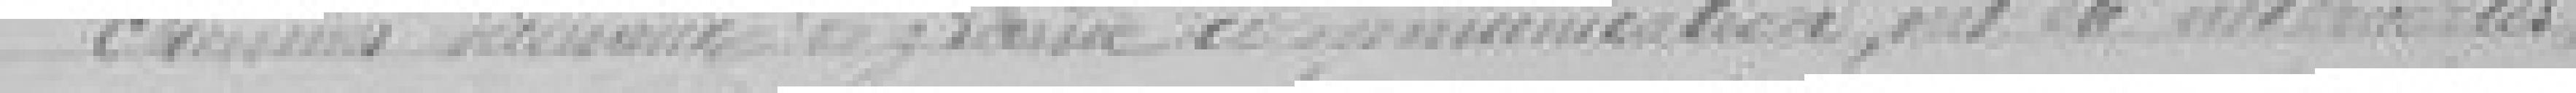
chemins vicinaux de grande communication ont été